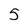
Character: 5